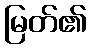
မြတ်၏